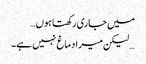
میں جاری رکھتا ہوں…
… لیکن میرا دماغ نہیں ہے۔